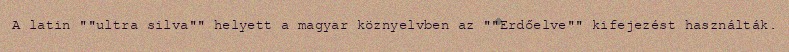
A latin ""ultra silva"" helyett a magyar köznyelvben az ""Erdőelve"" kifejezést használták.